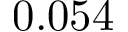
0 . 0 5 4